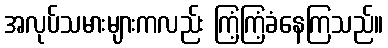
အလုပ်သမားများကလည်း ကြံ့ကြံ့ခံနေကြသည်။